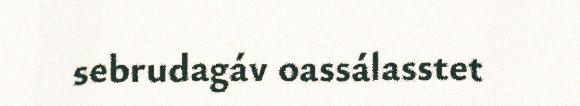
sebrudagáv oassálasstet